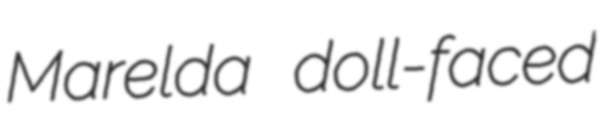
Marelda doll-faced